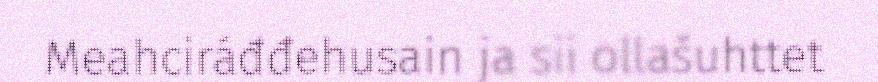
Meahciráđđehusain ja sii ollašuhttet